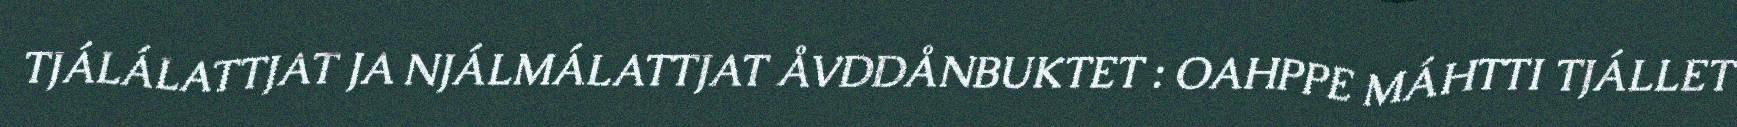
TJÁLÁLATTJAT JA NJÁLMÁLATTJAT ÅVDDÅNBUKTET : OAHPPE MÁHTTI TJÁLLET